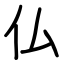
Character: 仏